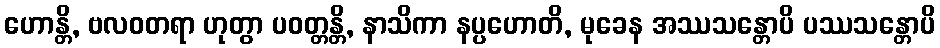
ဟောန္တိ, ဗလဝတရာ ဟုတွာ ပဝတ္တန္တိ, နာသိကာ နပ္ပဟောတိ, မုခေန အဿသန္တောပိ ပဿသန္တောပိ